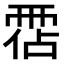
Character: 𩃅